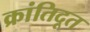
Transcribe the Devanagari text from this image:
क्रांतिदूत